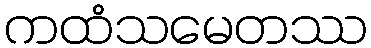
ကထံသမေတဿ